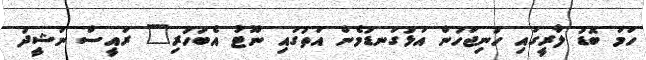
ހަމަ ބޮޑު ލާރީގައި ހުނިޖަހަން އަޅުގަނޑުމެން އަތުގައި ނޫޓު އެބަހުރި" ރައީސް ނަޝީދު